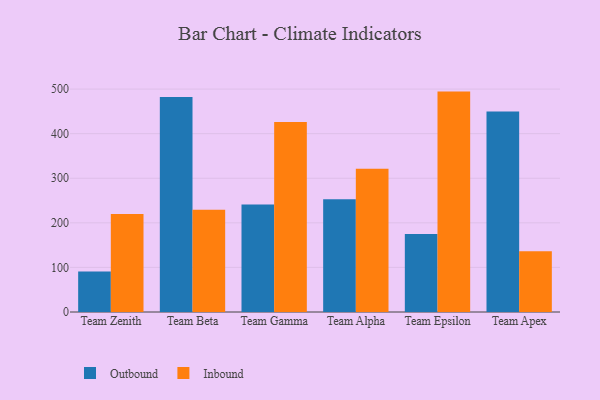
{"axis": {"x": "Team", "y": "Website Visitors"}, "legend": ["Inbound", "Outbound"], "data": [{"x": "Team Zenith", "y": 90.7, "type": "Outbound"}, {"x": "Team Zenith", "y": 219.6, "type": "Inbound"}, {"x": "Team Beta", "y": 482.2, "type": "Outbound"}, {"x": "Team Beta", "y": 229.2, "type": "Inbound"}, {"x": "Team Gamma", "y": 240.9, "type": "Outbound"}, {"x": "Team Gamma", "y": 426.1, "type": "Inbound"}, {"x": "Team Alpha", "y": 253.0, "type": "Outbound"}, {"x": "Team Alpha", "y": 321.5, "type": "Inbound"}, {"x": "Team Epsilon", "y": 174.7, "type": "Outbound"}, {"x": "Team Epsilon", "y": 494.4, "type": "Inbound"}, {"x": "Team Apex", "y": 449.7, "type": "Outbound"}, {"x": "Team Apex", "y": 136.5, "type": "Inbound"}]}